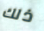
ذلك